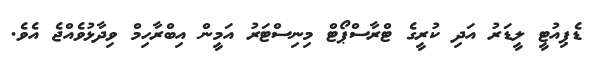
ޑެޕިއުޓީ ލީޑަރު އަދި ކުރީގެ ޓްރާސްޕޯޓް މިނިސްޓަރު އަމީން އިބްރާހިމް ވިދާޅުވެއްޖެ އެވެ.